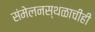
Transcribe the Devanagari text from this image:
संमेलनस्थळाचीही